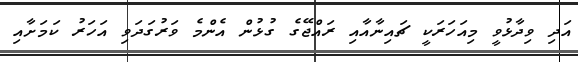
އަދި ވިދާޅުވީ މިއަހަރަކީ ޗައިނާއާއި ރައްޖޭގެ ގުޅުން އެންމެ ވަރުގަދަވި އަހަރު ކަމަށާއި